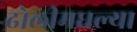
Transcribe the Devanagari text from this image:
ढोलीमधल्या